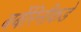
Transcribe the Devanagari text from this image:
बर्बेरिनीकडे